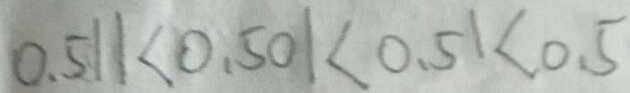
0 . 5 1 1 < 0 . 5 0 1 < 0 . 5 1 < 0 . 5